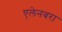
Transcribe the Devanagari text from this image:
एलेनबरा